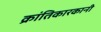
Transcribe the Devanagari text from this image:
क्रांतिकारकानी